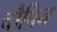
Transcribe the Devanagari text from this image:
चौपिन